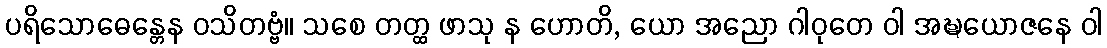
ပရိသောဓေန္တေန ဝသိတဗ္ဗံ။ သစေ တတ္ထ ဖာသု န ဟောတိ, ယော အညော ဂါဝုတေ ဝါ အဍ္ဎယောဇနေ ဝါ